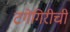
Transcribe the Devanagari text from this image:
टगेगिरीची